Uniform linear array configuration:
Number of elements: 12
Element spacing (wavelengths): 1
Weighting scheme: kaiser
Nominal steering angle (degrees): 45
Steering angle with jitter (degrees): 43.915
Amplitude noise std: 0.05
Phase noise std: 0.05

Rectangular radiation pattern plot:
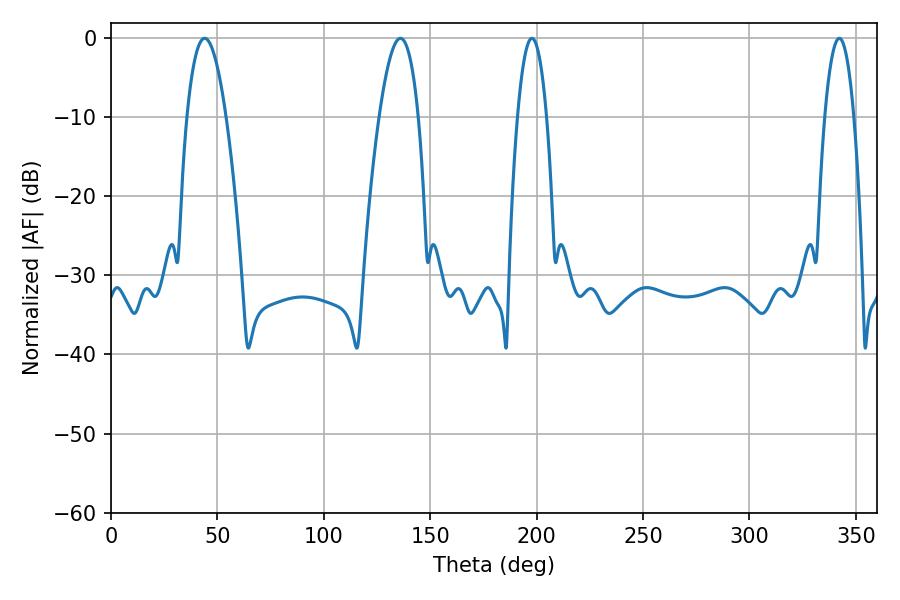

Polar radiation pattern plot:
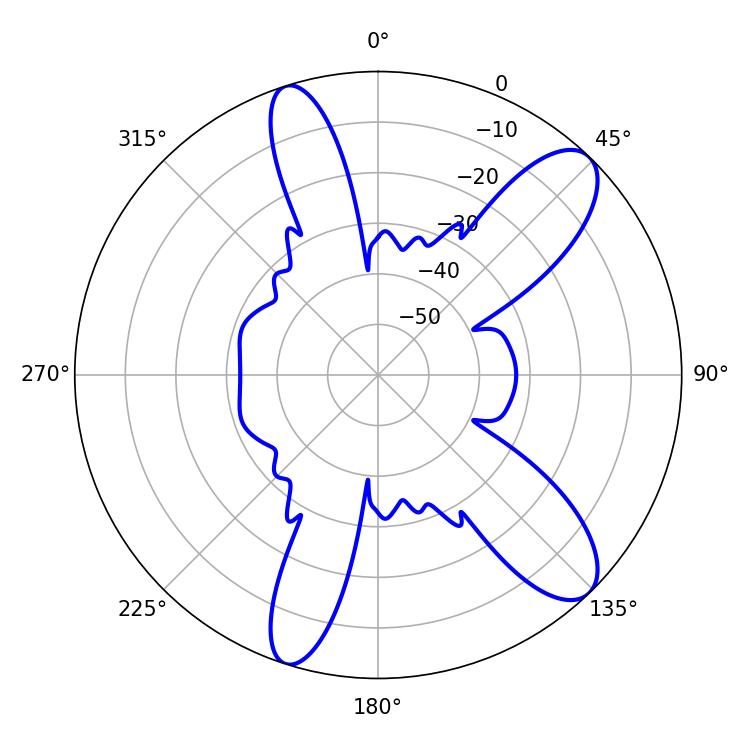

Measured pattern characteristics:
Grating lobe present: TRUE
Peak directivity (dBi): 10.498
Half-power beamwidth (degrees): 7.56
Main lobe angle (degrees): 197.82